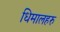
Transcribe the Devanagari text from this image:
धिमालहरु